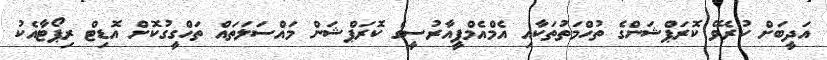
އަދީބަށް ކުރެވޭ ކޮރަޕްޝަންގެ ތުހްމަތުތަކާއި އެމްއެމްޕީއާރުސީގެ ކޮރަޕްޝަން މައްސަލަތައް ތަހްގީގުކޮށް އޮޑިޓް ރިޕޯޓާއެކު